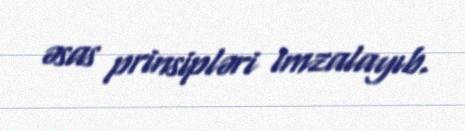
əsas prinsipləri imzalayıb.